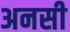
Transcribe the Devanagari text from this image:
अनसी